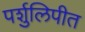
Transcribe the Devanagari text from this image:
पर्शुलिपीत